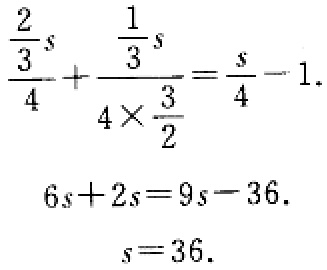
\[\begin{align*}
\frac{\frac{2}{3}s}{4}+\frac{\frac{1}{3}s}{4\times\frac{3}{2}}&=\frac{s}{4}-1\\
6s + 2s&=9s - 36\\
s&=36
\end{align*}\]